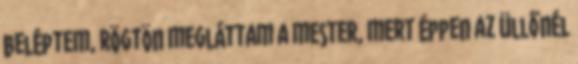
beléptem, rögtön megláttam a mester, mert éppen az üllőnél